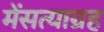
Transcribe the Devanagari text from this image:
मेंसत्याग्रह